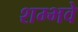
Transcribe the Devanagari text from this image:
शम्भवे